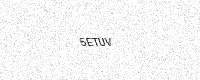
Text: 5ETUV